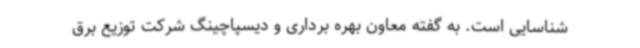
شناسایی است. به گفته معاون بهره برداری و دیسپاچینگ شرکت توزیع برق